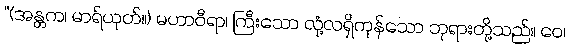
“(အန္တက၊ မာရ်ယုတ်။) မဟာဝီရာ၊ ကြီးသော လုံ့လရှိကုန်သော ဘုရားတို့သည်။ ဝေ၊